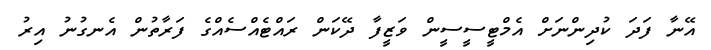
އޭނާ ފަދަ ކުދިންނަށް އެމްޓީސީސީން ވަޒީފާ ދޭކަން ރައްޓެއްސެއްގެ ފަރާތުން އެނގުނު އިރު